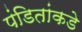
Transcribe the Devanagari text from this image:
पंडितांकडे